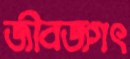
জীবজগৎ